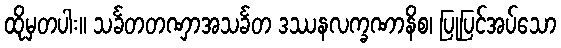
ထိုမှတပါး။ သင်္ခတတဏှာအသင်္ခတ ဒဿနလက္ခဏာနိစ၊ ပြုပြင်အပ်သော